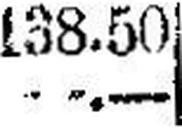
—.—